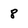
Character: 8